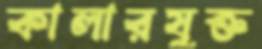
কালারযুক্ত